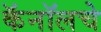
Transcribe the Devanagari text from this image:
कॅनॉलचे